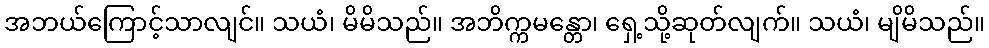
အဘယ်ကြောင့်သာလျင်။ သယံ၊ မိမိသည်။ အဘိက္ကမန္တော၊ ရှေ့သို့ဆုတ်လျက်။ သယံ၊ မျိမိသည်။